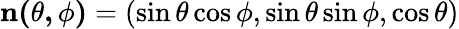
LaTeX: \mathbf{n(\theta,\phi)}=(\sin\theta\cos\phi,\sin\theta\sin\phi,\cos\theta)